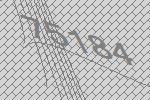
75184